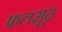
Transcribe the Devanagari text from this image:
फलसूंढ़